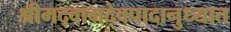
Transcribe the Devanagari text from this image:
श्रीमद्वामदेवपादानुध्यात